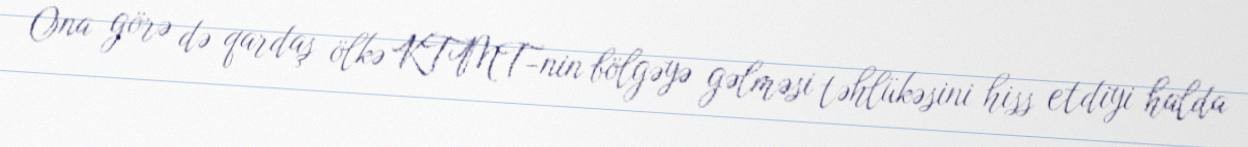
Ona görə də qardaş ölkə KTMT-nin bölgəyə gəlməsi təhlükəsini hiss etdiyi halda